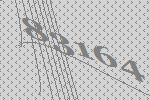
83164